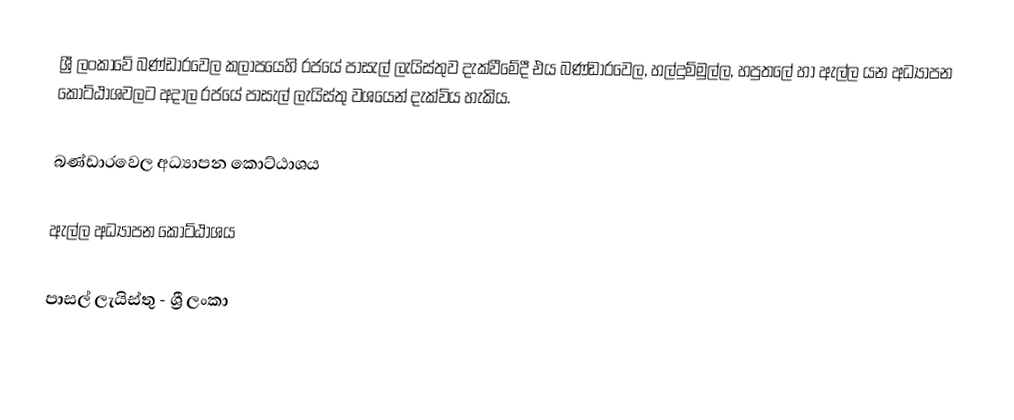
ශ්‍රී ලංකාවේ බණ්ඩාරවෙල කලාපයෙහි රජයේ පාසැල් ලැයිස්තුව  දැක්වීමේදී  එය බණ්ඩාරවෙල, හල්දුම්මුල්ල, හපුතලේ හා ඇල්ල යන අධ්‍යාපන කොට්ඨාශවලට අදාල රජයේ පාසැල් ලැයිස්තු වශයෙන් දැක්විය හැකිය.

බණ්ඩාරවෙල අධ්‍යාපන කොට්ඨාශය

ඇල්ල  අධ්‍යාපන කොට්ඨාශය

පාසල් ලැයිස්තු - ශ්‍රී ලංකා